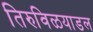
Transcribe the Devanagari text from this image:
तिरुविळयाडल